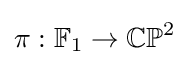
\pi :\mathbb {F} _{1}\to \mathbb {CP} ^{2}